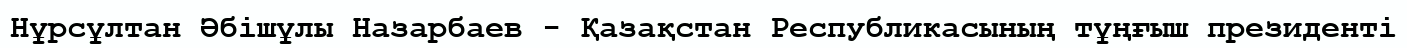
Нұрсұлтан Әбішұлы Назарбаев - Қазақстан Республикасының тұңғыш президенті